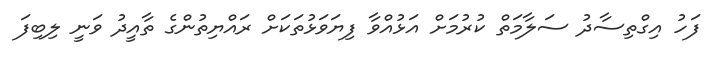
ފަހު އިގްތިސާދު ސަލާމަތް ކުރުމަށް އަޅުއްވާ ފިޔަވަޅުތަކަށް ރައްޔިތުންގެ ތާއީދު ވަނީ ލިބިފަ